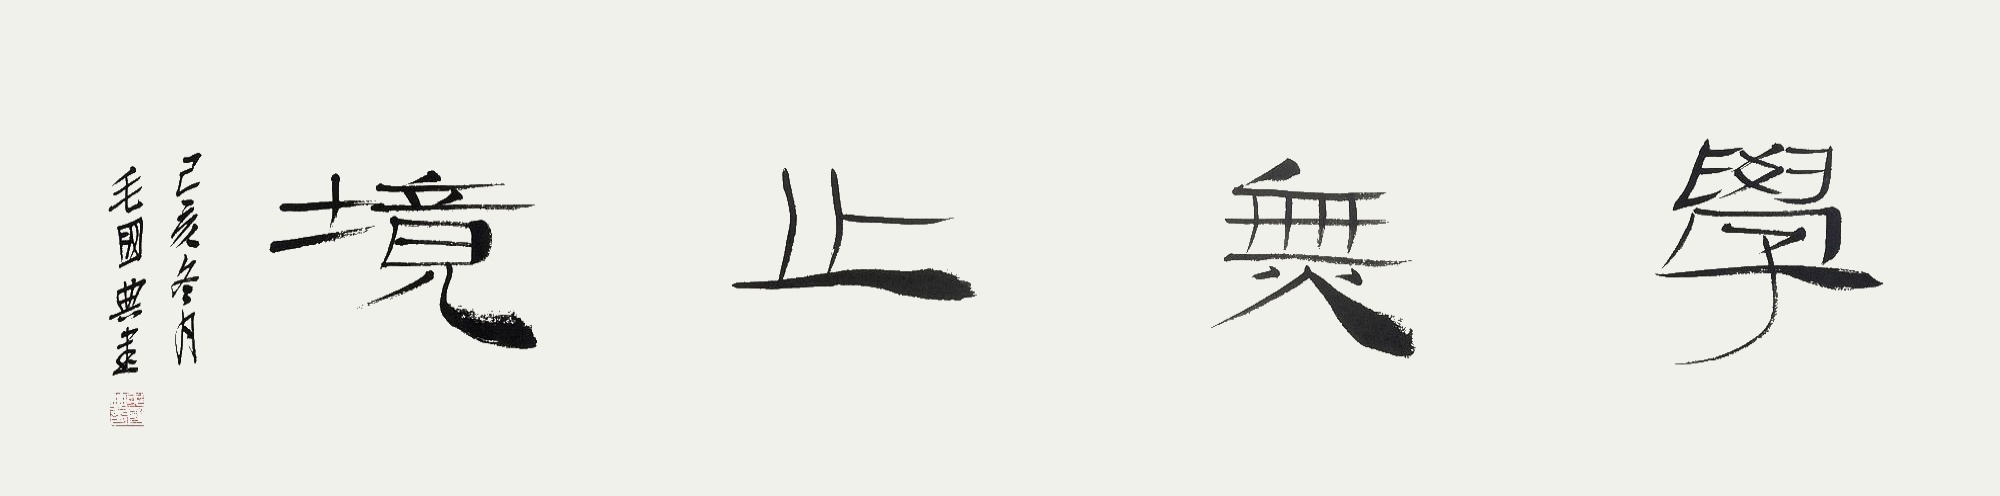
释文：学无止境。己亥春月毛国典书。